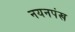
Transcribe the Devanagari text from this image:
नयनपंख